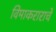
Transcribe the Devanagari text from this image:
विमाकराराचे